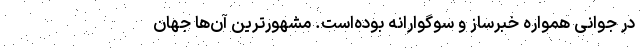
در جوانی همواره خبرساز و سوگوارانه بوده‌است. مشهورترین آن‌ها جهان